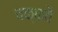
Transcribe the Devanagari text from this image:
चक्‍कवै